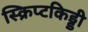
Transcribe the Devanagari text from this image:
स्क्रिप्टकिड्डी